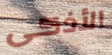
الأذكى